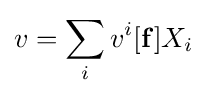
v=\sum _{i}v^{i}[\mathbf {f} ]X_{i}